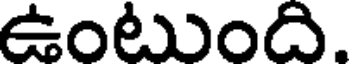
ఉంటుంది.